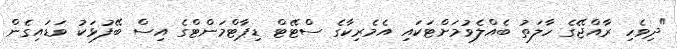
"ދިވެހި ރާއްޖޭގެ ހާލަތު ބެއްލެވުމަށްޓަކައި އެމެރިކާގެ ސްޓޭޓް ޑިޕާޓްމަންޓްގެ އިސް ބޭފުޅަކު ވަޑައިގެން